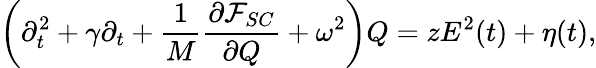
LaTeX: \bigg(\partial_{t}^{2}+\gamma\partial_{t}+\frac{1}{M}\frac{\partial\mathcal{F}_{SC}}{\partial Q}+\omega^{2}\bigg)Q=zE^{2}(t)+\eta(t),